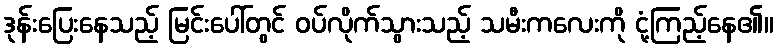
ဒုန်းပြေးနေသည့် မြင်းပေါ်တွင် ဝပ်လိုက်သွားသည့် သမီးကလေးကို ငုံ့ကြည့်နေ၏။